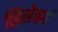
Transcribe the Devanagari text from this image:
लिलेबर्ग